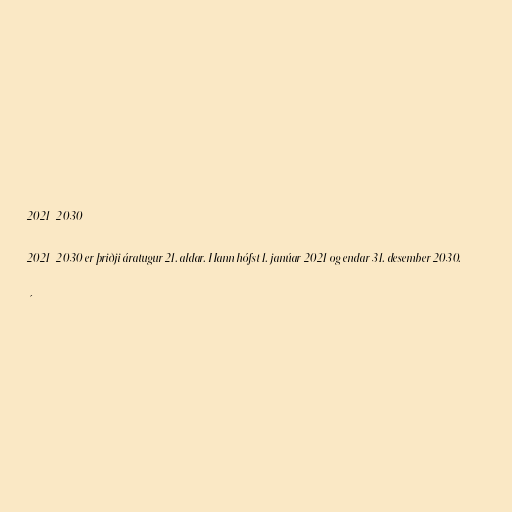
2021–2030

2021–2030 er þriðji áratugur 21. aldar. Hann hófst 1. janúar 2021 og endar 31. desember 2030.

´